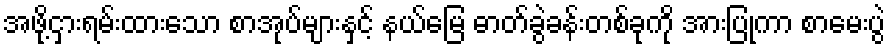
အဖို့ငှားရမ်းထားသော စာအုပ်များနှင့် နယ်မြေ ဓာတ်ခွဲခန်းတစ်ခုကို အားပြုကာ စာမေးပွဲ